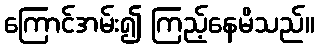
ကြောင်အမ်း၍ ကြည့်နေမိသည်။